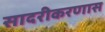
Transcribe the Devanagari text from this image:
सादरीकरणास